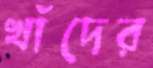
খাঁদের